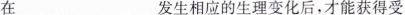
在____________发生相应的生理变化后，才能获得受